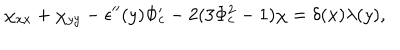
\chi _ { x x } + \chi _ { y y } - \epsilon ^ { \prime \prime } ( y ) \Phi _ { c } ^ { \prime } - 2 ( 3 \Phi _ { c } ^ { 2 } - 1 ) \chi = \delta ( x ) \lambda ( y ) ,